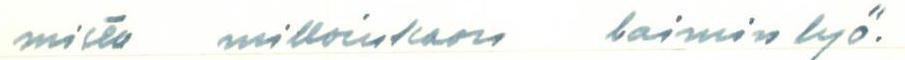
mista milloinkaan laiminlyö.